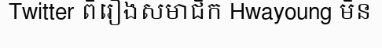
Twitter ពីរឿងសមាជិក Hwayoung មិន